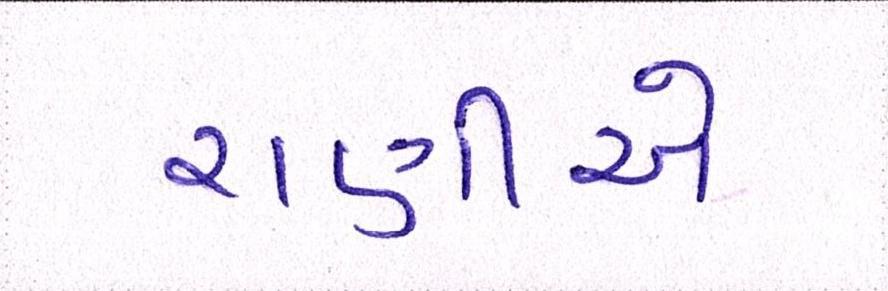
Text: રાણીએ